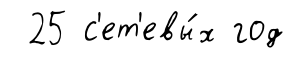
25 с'ет'евы́х год